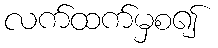
လက်ထက်မှစ၍